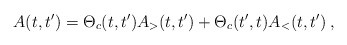
\begin{align*}A(t,t') = \Theta_{c}(t,t') A_{>}(t,t') + \Theta_{c}(t',t) A_{<}(t,t') \>,\end{align*}